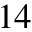
_ { 1 4 }